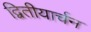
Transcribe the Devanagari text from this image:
द्वितीयार्चन